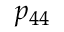
p _ { 4 4 }